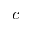
c